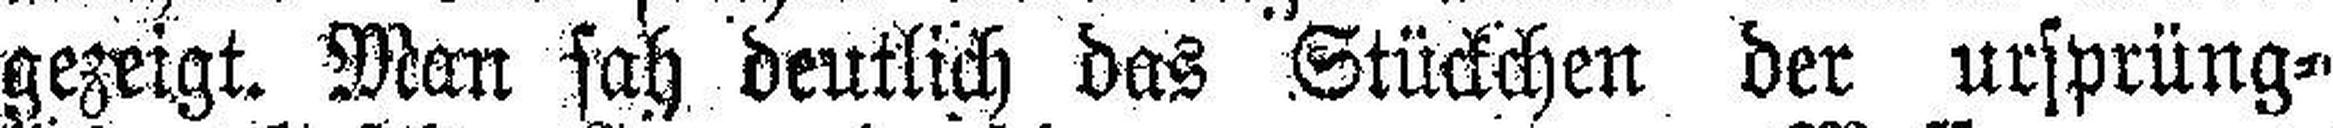
gezeigt. Man sah deutlich das Stückchen der ursprüng¬